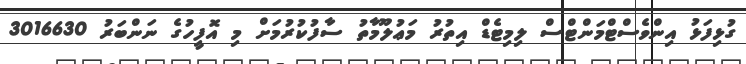
ގުޅިފަޅު އިންވެސްޓްމަންޓްސް ލިމިޓެޑް އިތުރު މަޢުލޫމާތު ސާފުކުރުމަށް މި އޮފީހުގެ ނަންބަރު 3016630